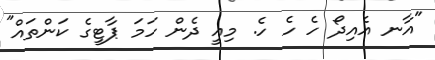
"އާނ އެއިދޯ ހެ ހެ ހެ. މިއީ ދެން ހަމަ ޕާޓީގެ ކަންތައް"